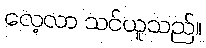
လေ့လာ သင်ယူသည်။